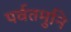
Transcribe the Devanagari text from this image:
पर्वतमुनि